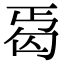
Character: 𠣣